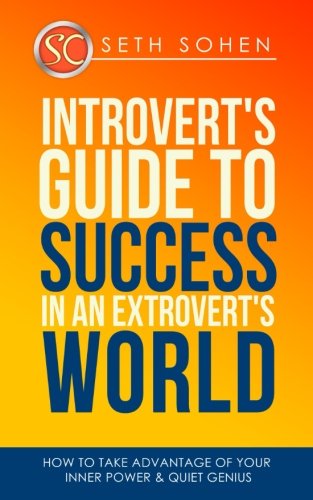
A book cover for Introvert's Guide To Success In An Extrovert's World How To Take Advantage Of Your Inner Power & Quiet Genius; Seth Cohen; Self-Help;